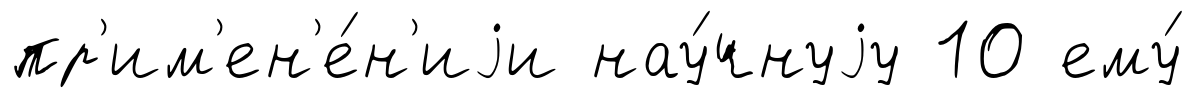
пр'им'ен'е́н'иjи нау́чнуjу 10 ему́